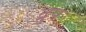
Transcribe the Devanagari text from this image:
द्रुप